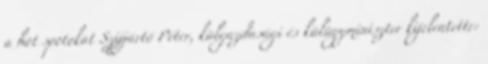
a hot spotokat Szijjártó Péter, külgazdasági és külügyminiszter kijelentette: